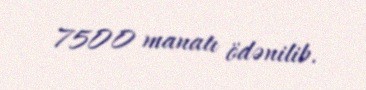
7500 manatı ödənilib.